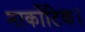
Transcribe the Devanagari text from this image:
नार्कोटिक।